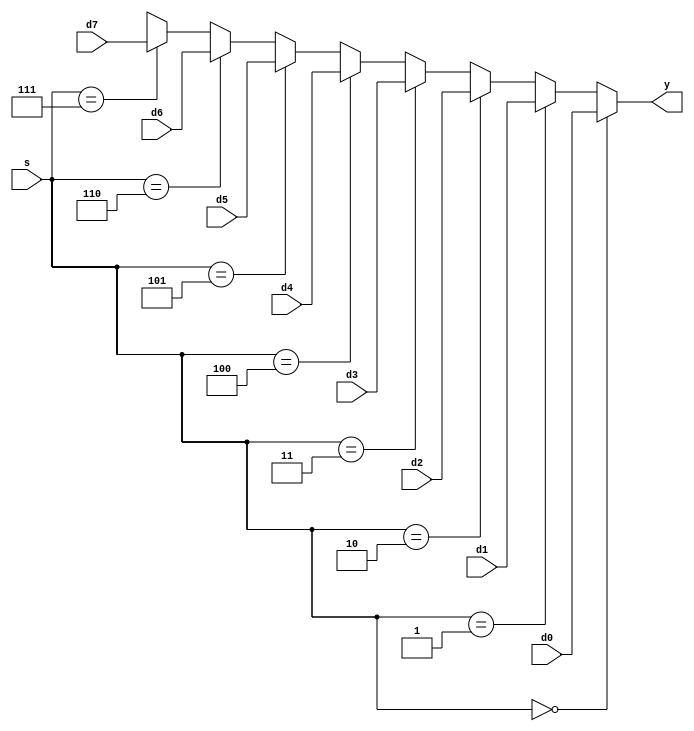
module mux_8_1_if (
	input      [2:0] s,
	input      [2:0] d0,
	input      [2:0] d1,
	input      [2:0] d2,
	input      [2:0] d3,
	input      [2:0] d4,
	input      [2:0] d5,
	input      [2:0] d6,
	input      [2:0] d7,
	output reg [2:0] y
);

always @(*) begin
	if(s == 3'b000) begin
		y = d0; 
	end
	else if(s == 3'b001) begin
		y = d1; 
	end
	else if(s == 3'b010) begin
		y = d2; 
	end
	else if(s == 3'b011) begin
		y = d3; 
	end
	else if(s == 3'b100) begin
		y = d4; 
	end
	else if(s == 3'b101) begin
		y = d5; 
	end
	else if(s == 3'b110) begin
		y = d6; 
	end
	else if(s == 3'b111) begin
		y = d7; 
	end
	else begin
		y = 3'bxxx; 
	end
end
	
endmodule